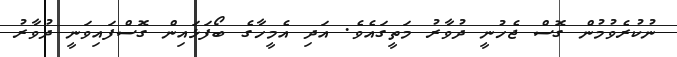
ނުކުރެވުމުން ގޮސް ޖެހުނީ ދުވާރު މަތީގައެވެ. އަދި އެމީހާގެ ބޯފަޅައިން ގޮސްފައިވަނީ ދުވާރު